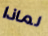
لماذا